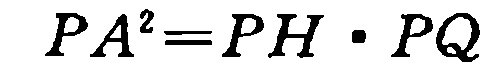
\(PA^{2}=PH\cdot PQ\)